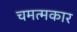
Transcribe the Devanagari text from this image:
चमत्मकार